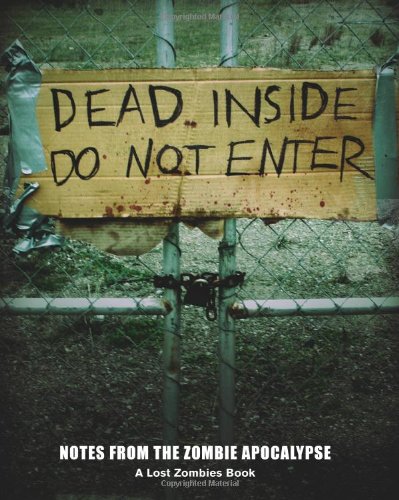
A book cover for Dead Inside: Do Not Enter: Notes from the Zombie Apocalypse; Lost Zombies; Comics & Graphic Novels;